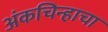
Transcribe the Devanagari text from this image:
अंकचिन्हाचा